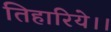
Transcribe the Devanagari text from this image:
तिहारिये।।